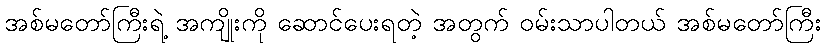
အစ်မတော်ကြီးရဲ့ အကျိုးကို ဆောင်ပေးရတဲ့ အတွက် ဝမ်းသာပါတယ် အစ်မတော်ကြီး